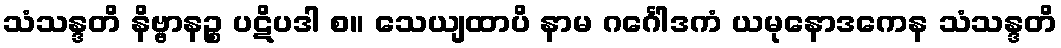
သံသန္ဒတိ နိဗ္ဗာနဉ္စ ပဋိပဒါ စ။ သေယျထာပိ နာမ ဂင်္ဂေါဒကံ ယမုနောဒကေန သံသန္ဒတိ